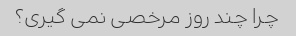
چرا چند روز مرخصی نمی گیری؟